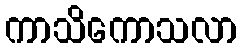
ကာသိကောသလာ